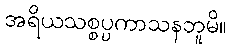
အရိယသစ္စပ္ပကာသနဘူမိ။